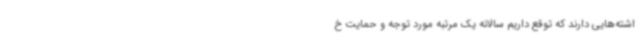
اشته‌هایی دارند که توقع داریم سالانه یک مرتبه مورد توجه و حمایت خ